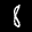
Label: 8